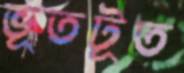
ভূতটূত